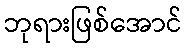
ဘုရားဖြစ်အောင်